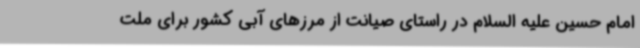
امام حسین علیه السلام در راستای صیانت از مرزهای آبی کشور برای ملت